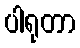
ပါရုတာ